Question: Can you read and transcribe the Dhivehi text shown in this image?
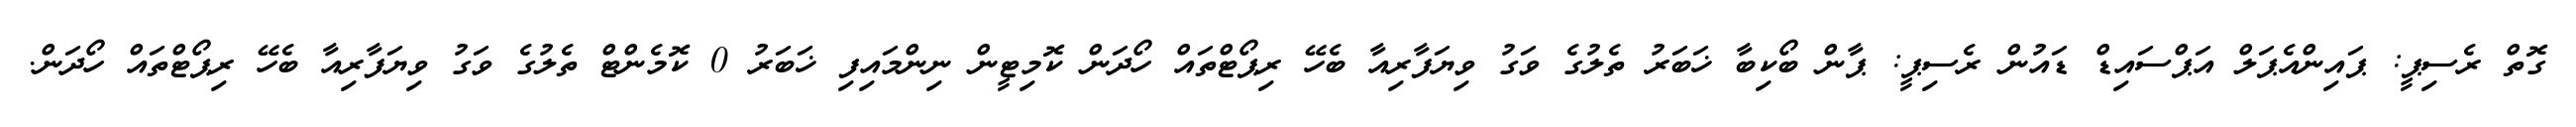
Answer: ގޮތް ރެސިޕީ: ޕައިންއެޕަލް އަޕްސައިޑް ޑައުން ރެސިޕީ: ޕާން ބޯކިބާ ޚަބަރު ތެލުގެ ވަގު ވިޔަފާރިއާ ބެހޭ ރިޕޯޓްތައް ހޯދަން ކޮމިޓީން ނިންމައިފި ޚަބަރު 0 ކޮމެންޓް ތެލުގެ ވަގު ވިޔަފާރިއާ ބެހޭ ރިޕޯޓްތައް ހޯދަން.